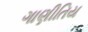
ગાણીતિય